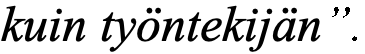
kuin työntekijän”.